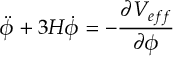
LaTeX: \ddot { \phi } + 3 H \dot { \phi } = - \frac { { \partial } V _ { e f f } } { { \partial } { \phi } }